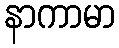
နာကာမာ